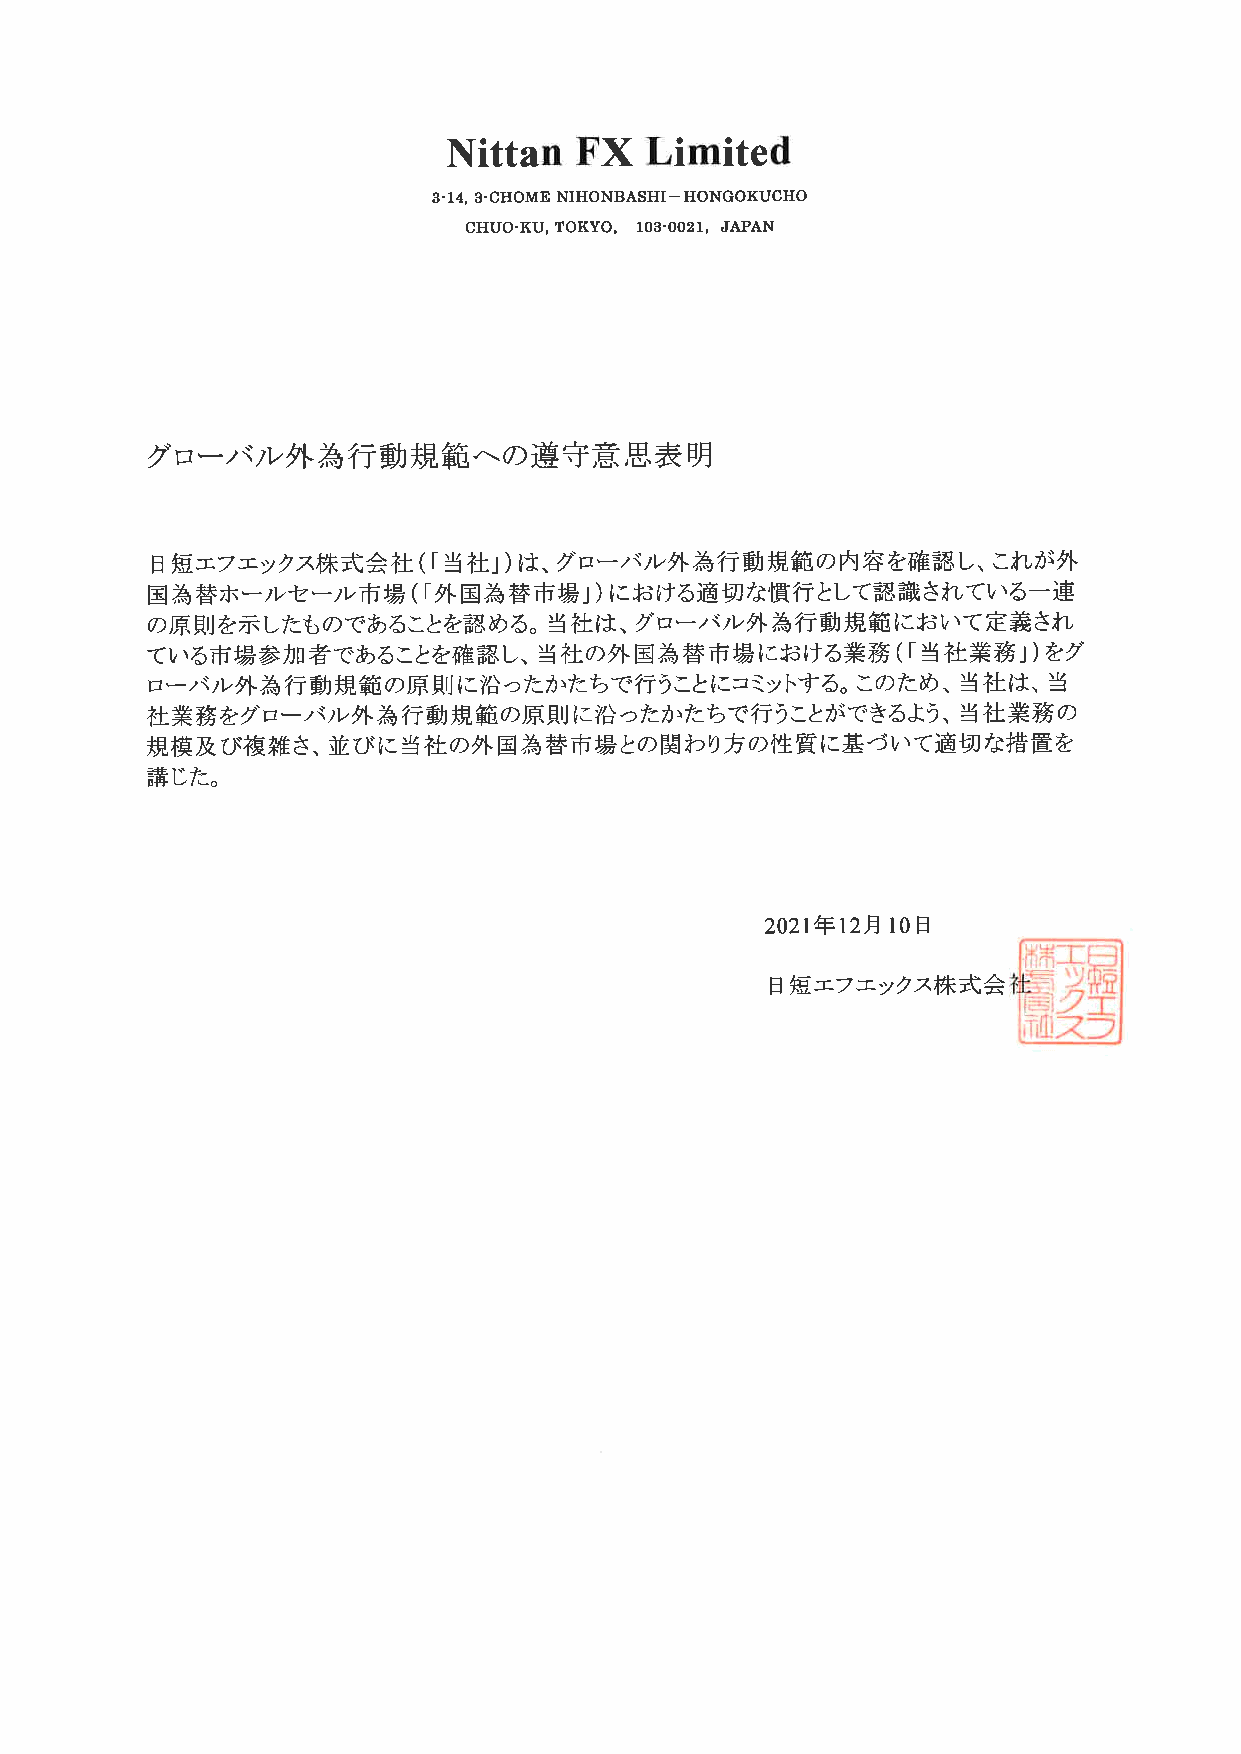
Nittan   FX  Limited
 CHOME NIHONBASHI― HONGOKUCHO
 3‐14,3・
 CHUO・KU,TOKYO, 103・ 0021, JAPAN
 グローバル外為行動規範への遵守意思表明
 日短エフエックス株式会社       当社」)は、グローバル外為行動規範の内容を確認し、これが外
 (「
 国為替ホールセール市場        外国為替市場」)における適切な慣行として認識されている一連
 (「
 の原則を示したものであることを認める。当社は、グローバル外為行動規範において定義され
 ている市場参加者であることを確認し、当社の外国為替市場における業務                (「当社業務」)をグ
 ローバル外為行動規範の原則に沿つたかたちで行うことイこコミットする。このため、当社は、当
 社業務をグローバル外為行動規範の原則に沿つたかたちで行うことができるよう、当社業務の
 規模及び複雑さ、並びに当社の外国為替市場との関わり方の性質に基づいて適切な措置を
 講じた。
 2021年 12月 10日
 日短エフエックス株式会